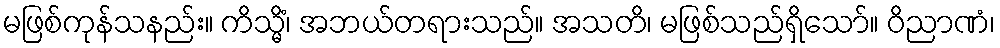
မဖြစ်ကုန်သနည်း။ ကိသ္မိံ၊ အဘယ်တရားသည်။ အသတိ၊ မဖြစ်သည်ရှိသော်။ ဝိညာဏံ၊